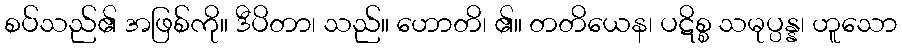
စပ်သည်၏ အဖြစ်ကို။ ဒီပိတာ၊ သည်။ ဟောတိ၊ ၏။ တတိယေန၊ ပဋိစ္စ သမုပ္ပန္န၊ ဟူသော